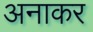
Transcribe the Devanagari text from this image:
अनाकर